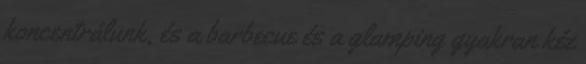
koncentrálunk, és a barbecue és a glamping gyakran kéz